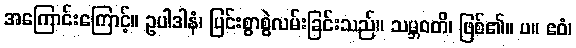
အကြောင်းကြောင့်။ ဥပါဒါနံ၊ ပြင်းစွာစွဲလမ်းခြင်းသည်။ သမ္ဘဝတိ၊ ဖြစ်၏။ ပ။ ဧဝံ၊